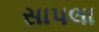
સાપલા